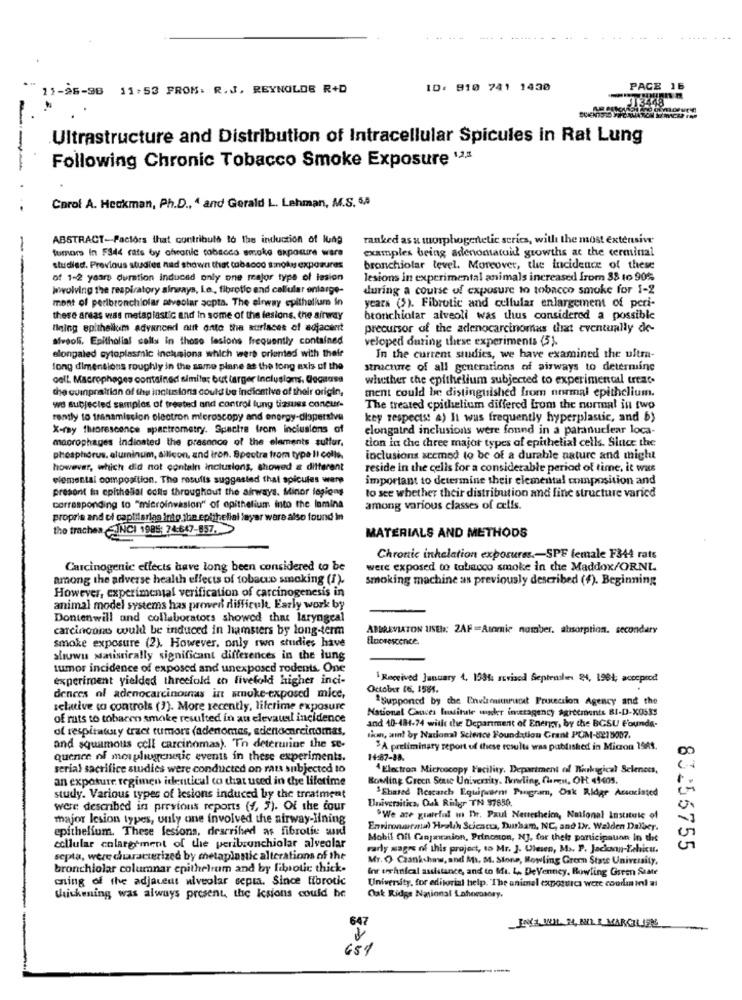
11-95-98 11:53 FROM: R.J. REYNOLDS R+D
ID: 910 741 1430
PAGE 16
-
Ultrastructure and Distribution of Intracellular Spicules in Rat Lung
-
Following Chronic Tobacco Smoke Exposure "2.ª
Corof A. Heckman, Ph.D ., 4 and Gerald L. Lehman, M.S. 5,8
ABSTRACT-Factors that contribute to the induction of lung
ranked as a morphogenetic series, with the most extensive
tumars In F344 rats by afvanic tabacco smoke exposure were
examples being adenomatuid growths at the terminal
-
studied. Previous studies nad shown that tabacco smokes exposures
bronchiolar tevel. Moreover, the incidence of these
of 1-2 years duration induced only one major type of lesion
lesions in experimental animals increased from 38 to 90%
Wwwolving the respiratory airways, Le ., fibrotio and cellular enlarge-
during a course of exposure to tobacco smoke for 1-2
mont of perlbronchiolar alveolar acpta. The airway epithelium in
years (5). Fibrotic and cellular enlargement of peri-
these areas was metaplastic and In some of the lesions, the airway
bronchiotar alveoli was thus considered a possible
Being epithellum advanced aut antto the auriaces of adjacent
precursor of the adenocarcinomas that eventually de-
alveol. Epithelial cells in those lesions frequently contained
veloped during these experiments (5)
elongaled cytoplasmic inclusions which were oriented with their
In the current studies, we have examined the ultra-
fong dimensions roughly in the same plane at the long axis of the
structure of all generations of airways to determine
cell Macrophages contained simila; but targer Inclusions. Gecaase
whether the epithelium subjected to experimental treat-
the quinpraltion of the inclusions could be Indicative of their origin,
ment could be distinguished from normal epithelium.
we subjected samples of treated and control lung tissues concur-
The treated epithelium differed Lom the normal in two
rently to transmission electron microscopy and energy-dispersive
key respects: a) It was frequently hyperplastic, and b)
X-ray fluorescence spectrometry. Spacite from inclusions of
elongated inclusions were found in a paranuclear loca-
macrophages Indicated the presence of the elements sulfur,
tion in the three major types of epithelial cells. Since the
phosphorus. aluminum, allicon, and iron. Spectra from type Il colle.
inclusions seemed to be of a durable nature and might
however, which did not contain inclusions, showed a different
reside in the cells for a considerable period of time. it was
elemental composition. The results suggested that spicules were
important to determine their elemental composition and
presont in epithelial coils throughout the airways. Minor legions
to see whether their distribution and fine structure varied
corresponding to "microinvasion" of epithelium into the lamina
among various classes of cells.
proprie and of caplitarias into the epithelial layer were also found in
the trachea INCI 1985: 74-647-857.
MATERIALS AND METHODS
Chronic inhalation exporures .- SPF female F344 rats
Carcinogenic effects have long been considered to be
were exposed to tobacco smoke in che Maddox/ORNL
among the adverse health effects of tobacco smoking (I).
smoking machine as previously described (f). Beginning
However, experimental verification of carcinogenesis in
animal model systems has proved difficult. Early work by
Dontenwill and collaborators showed that laryngeal
carcincons would be induced in hamsters by long-term
ABBREVIATON USEI: 2AF =Atomic number, absorption. secondary
Elborescence
smoke exposure (2). However, only two studies have
shuwu statistically significant differences in the lung
tumor incidence of exposed and unexposed rodents. One
experiment yielded threefold to fivefold higher inci-
1Received January 4, 100%: soviacd September 24, 1984; acceprod
October 16, 1581.
dences ol adenocarcinomas int smoke-exposed mice,
"Supported by the Environturucat Protection Agency and the
relative (a controls (3). More recently, lifetime exposure
National Cancer Institute wider inetagency Agreements BI-D-XUSSs
of ruts to tobacen smoke resulted in au elevaudl incidence
of respiratory tract tumors (adenomas, adenocarcinomas,
and 10-484-74 with the Department of Energy, by the BGSU Founda-
tican, ant by National Science Foundation Grant PUM-8218007.
and squamous cell carcinomas). To determine the se-
3A preliminary report of these results was published in Micron 1988.
quence of morphigenetic events in these experiments.
14:87-88.
serial sacrifice studies were conducted on rats subjected to
4Electron Microscopy Facility. Department of Warkagical Sciences,
an exposure regimen identical to chat used in the lifetime
Bowling Green Sense University, Derling, Charen, OH 41405.
"Shared Rescarch Equipaarms Pungram, Oak Ridge Associated
study. Various types of lesions induced by the treatment
Universities, Ouk Rilgr TN 97850.
were described in previous reports (4, 5). Of the cour
major lesion types, unly one involved the airway-Ilning
"We are grateful in The. Paul Neuesheich, National Institute of
epithelium. These lesions, described as fibrolie suid
Enrimonatartal Health Scicaces, Durham, NC, and Dr. Walden Dalaer.
Mobil Oil Canjainion, Princmon, NJ. for thele participaunn in die
cellular colargement of the peribrunchiolar alveolar
Farly sagre of this project, to Mr. J. Ulesen, Ms. P. Jadoon-Zchicu.
83256755
septa, were characterized by metapianic alterations of the
Mr. O Czankshaw, and M. M. Stone, Rowling Grom State University,
bronchiolar columnar epithelium and by fibrotic thick-
for technical assistance, and to Me. Le DeVenney, Bowling Green State
cing of the adjacent niveolar septa. Since fibrotic
University, for editorial help. "The animal exposurea were couda ini at
Chickening was always present, the Icsions could be
Oak Ridge National Lahorosory.
647
INNE WIL. 34, BILE MARCILIEN